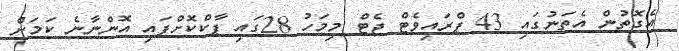
އެގޮތުން އެތަނުގައި 43 ޕްރައިވެޓް ޖެޓް މިމަހު 28ގައި ޕާކްކޮށްފައި އޮންނާނެ ކަމަށް